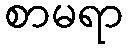
စာမရာ